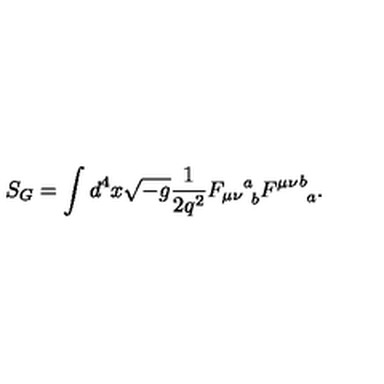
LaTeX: S _ { G } = \int d ^ { 4 } x \sqrt { - g } \frac { 1 } { 2 q ^ { 2 } } { F _ { \mu \nu } } _ { \ b } ^ { a } { F ^ { \mu \nu } } _ { \ a } ^ { b } .